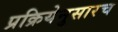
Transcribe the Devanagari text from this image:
प्रक्रियेनुसारच